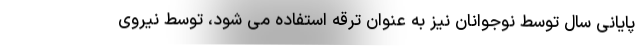
پایانی سال توسط نوجوانان نیز به عنوان ترقه استفاده می شود، توسط نیروی